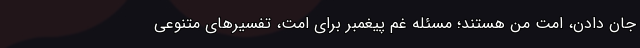
جان دادن، امت من هستند؛ مسئله غم پیغمبر برای امت، تفسیرهای متنوعی